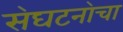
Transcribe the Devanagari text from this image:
स॓घटना॓चा